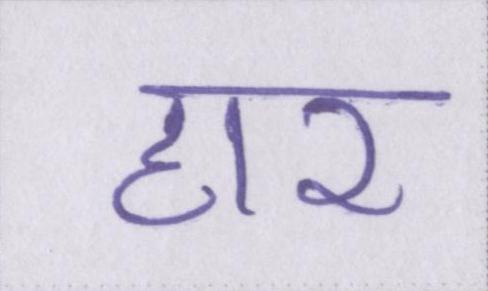
हार